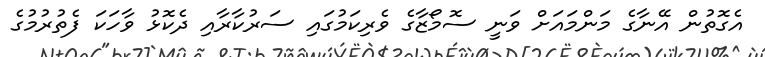
އެގޮތުން އޭނާގެ މަންމައަށް ވަނީ ސޮމޯޒާގެ ވެރިކަމުގައި ސަރުކާރާއި ދެކޮޅު ވާހަކަ ފެތުރުމުގެ